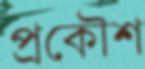
প্রকৌশ